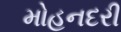
મોહનદરી